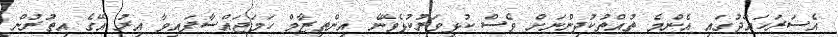
އެސަރަހައްދުގައި އެންމެ ތުއްތުކުދިންނަށް ވެސް ކުޅިވަރުކުޅެވޭނެ އިންތިޒާމް ހަމަޖައްސާފައިވާ އިރު އޭގެ އިތުރުން